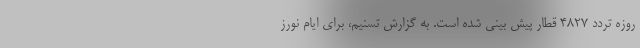
روزه تردد 4827 قطار پیش بینی شده است. به گزارش تسنیم، برای ایام نورز